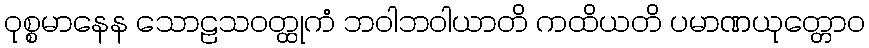
ဝုစ္စမာနေန သောဠသဝတ္ထုကံ ဘဝါဘဝါယာတိ ကထိယတိ ပမာဏယုတ္တောဝ